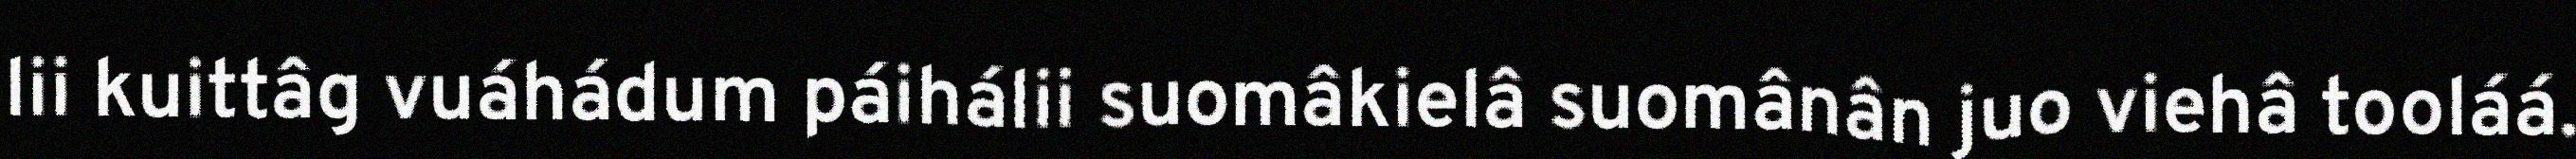
lii kuittâg vuáhádum páihálii suomâkielâ suomânân juo viehâ tooláá.